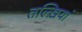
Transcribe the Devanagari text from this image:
तल्ख़ियां